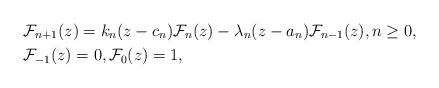
LaTeX: \begin{align*}& \mathcal{F}_{n+1}(z) = k_n(z-c_n)\mathcal{F}_n(z)-\lambda_n (z-a_n)\mathcal{F}_{n-1}(z), n\geq 0, \\& \mathcal{F}_{-1}(z) = 0, \mathcal{F}_0(z) = 1,\end{align*}